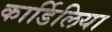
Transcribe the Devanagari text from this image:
कार्डिलिया